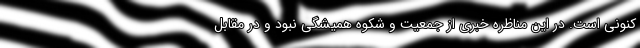
کنونی است. در این مناظره خبری از جمعیت و شکوه همیشگی نبود و در مقابل